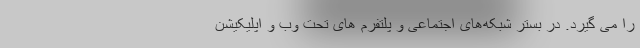
را می گیرد. در بستر شبکه‌های اجتماعی و پلتفرم های تحت وب و اپلیکیشن